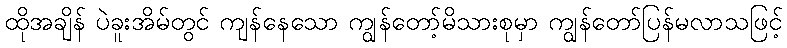
ထိုအချိန် ပဲခူးအိမ်တွင် ကျန်နေသော ကျွန်တော့်မိသားစုမှာ ကျွန်တော်ပြန်မလာသဖြင့်